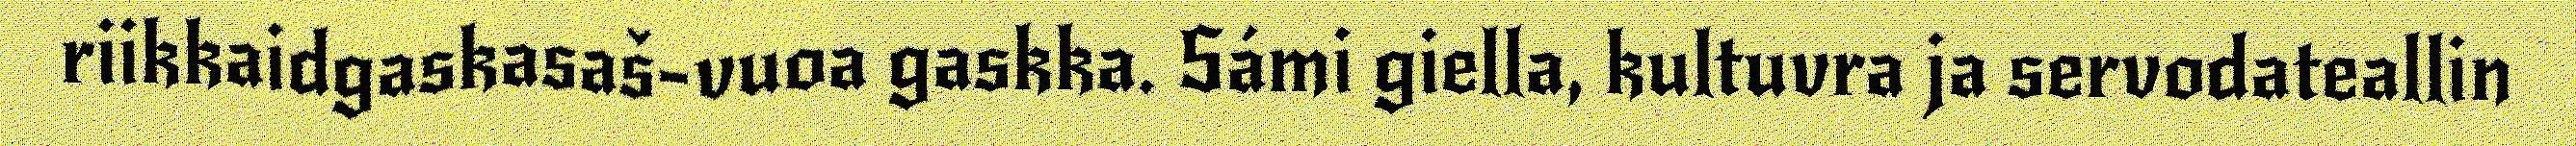
riikkaidgaskasaš-vuoa gaskka. Sámi giella, kultuvra ja servodateallin